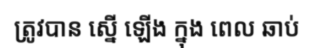
ត្រូវបាន ស្នើ ឡើង ក្នុង ពេល ឆាប់